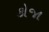
કોજા